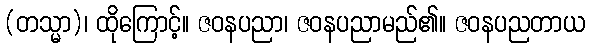
(တသ္မာ)၊ ထိုကြောင့်။ ဇဝနပညာ၊ ဇဝနပညာမည်၏။ ဇဝနပညတာယ